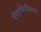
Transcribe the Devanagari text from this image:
ऐलुमिनीकरण